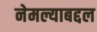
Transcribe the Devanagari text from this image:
नेमल्याबद्दल